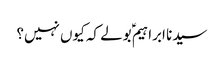
سیدنا ابراہیمؑ بولے کہ کیوں نہیں؟